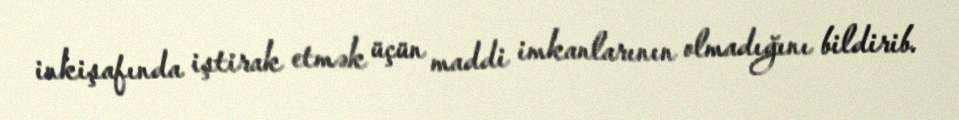
inkişafında iştirak etmək üçün maddi imkanlarının olmadığını bildirib.